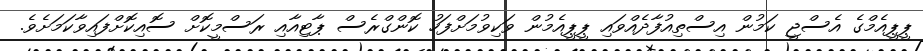
ޕީޕީއެމްގެ އެސްޖީ ކަމުން އިސްތިއުފާދެއްވައި ޕީޕީއެމުން ވަކިވުމަށްފަހު ކޮންގްރެސް ޕާޓިއާއި ރަސްމީކޮށް ސޮއިކޮށްފައިވާކަމަށެވެ.